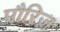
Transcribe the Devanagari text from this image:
पौरिज़